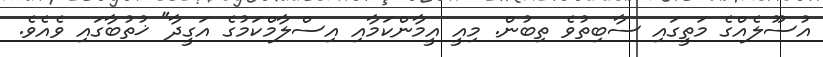
އުސޫލެއްގެ މަތީގައި ސާބިތުވެ ތިބުން. މިއީ އީމާންކަމާއި އިސްލާމްކަމުގެ އަގީދާ" ޚުތުބާގައި ވެއެވެ.